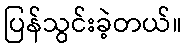
ပြန်သွင်းခဲ့တယ်။